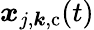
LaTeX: \boldsymbol{x}_{j,\boldsymbol{\mathit{k}},\mathrm{{c}}}(t)